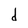
Character: d